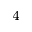
^ 4